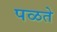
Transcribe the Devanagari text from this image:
पळते